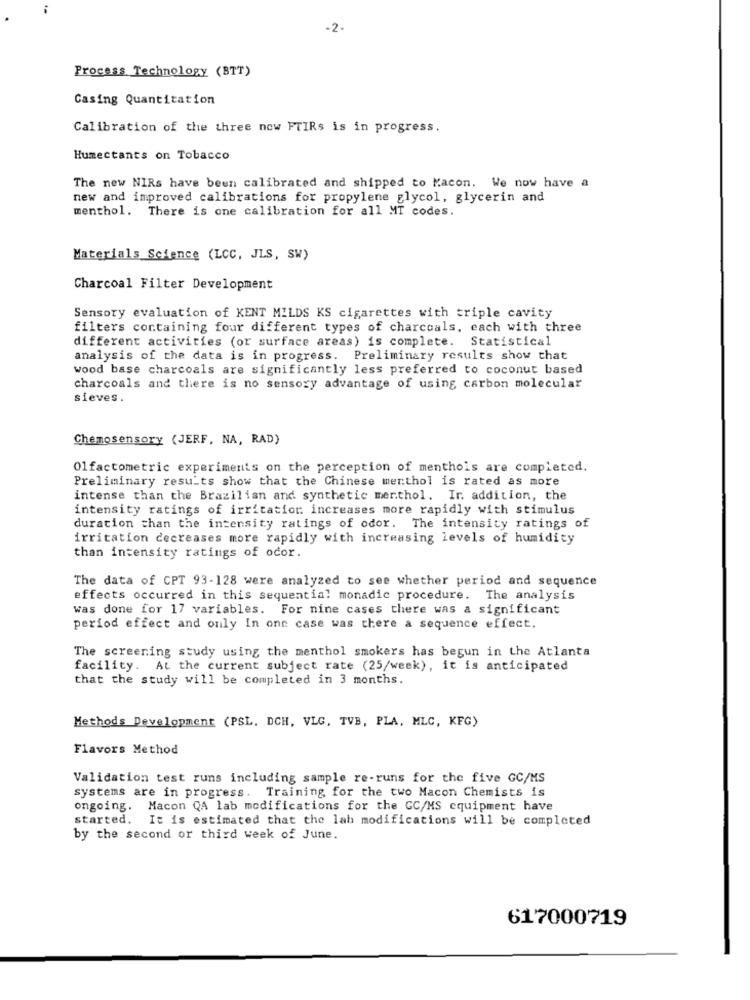
-2.
Process Technology (BTT)
Casing Quantitation
Calibration of the three now FTIRs is in progress.
Humectants on Tobacco
The new NIRs have been calibrated and shipped to Kacon. We now have a
new and improved calibrations for propylene glycol, glycerin and
menthol. There is one calibration for all MT codes.
Materials Science (LCC, JLS, SW)
Charcoal Filter Development
Sensory evaluation of KENT MILDS KS cigarettes with triple cavity
filters containing four different types of charcoals, each with three
different activities (or surface areas) is complete. Statistical
analysis of the data is in progress. Preliminary results show that
wood base charcoals are significantly less preferred to coconut based
charcoals and there is no sensory advantage of using carbon molecular
sieves.
Chemosensory (JERF, NA, RAD)
Olfactometric experiments on the perception of menthols are completed.
Preliminary results show that the Chinese menthol is rated as more
intense than the Brazilian and synthetic menthol. Ir. addition, the
intensity ratings of irritation increases more rapidly with stimulus
duration than the intensity ratings of odor. The intensity ratings of
irritation decreases more rapidly with increasing levels of humidity
than intensity ratings of odor.
The data of CPT 93-128 were analyzed to see whether period and sequence
effects occurred in this sequential monadic procedure. The analysis
was done for 17 variables. For nine cases there was a significant
period effect and only In one case was there a sequence effect.
The screening study using the menthol smokers has begun in the Atlanta
facility. At the current subject rate (25/week), it is anticipated
that the study will be completed in 3 months.
Methods Development (PSL. DCH, VLG, TVB, PLA, MLC, KFG)
Flavors Method
Validation test runs including sample re-runs for the five GC/MS
systems are in progress. Training for the two Macon Chemists is
ongoing. Macon QA lab modifications for the GC/MS equipment have
started. It is estimated that the lab modifications will be completed
by the second or third week of June.
617000719